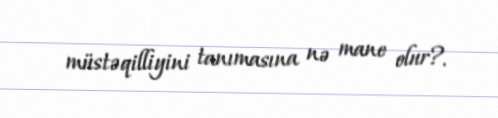
müstəqilliyini tanımasına nə mane olur?.